Report on vaccination for the Province of Oudh 1873 -
Year: 1873
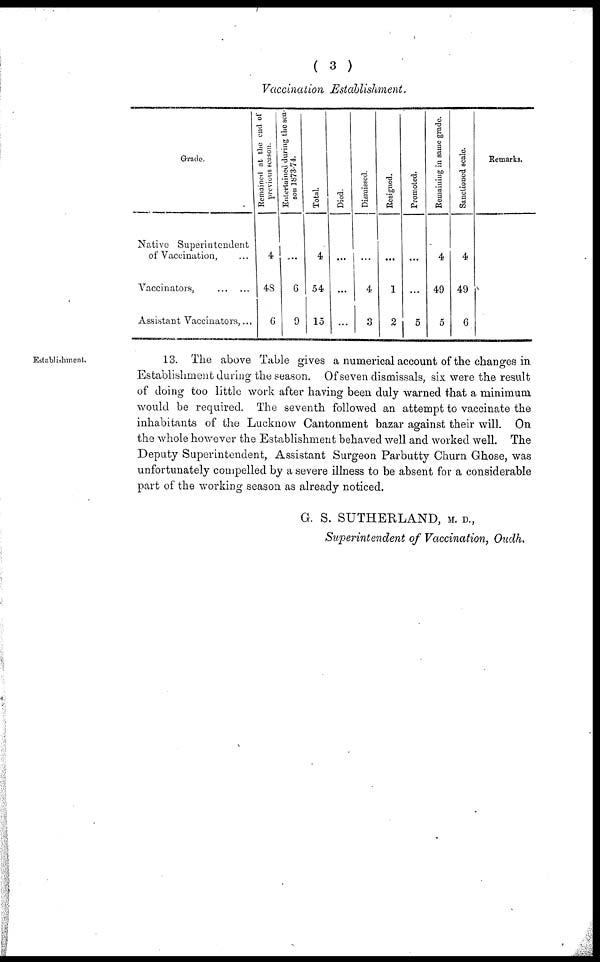
( 3 )
Vaccination Establishment.
Grade.
Native Superintendent
of Vaccination, ...
Vaccinators,
...
...
Assistant Vaccinators,...
Remained at the end of
previous season.
4
48
6
Entertained during the sea-
son 1873-74.
...
6
9
Total.
4
54
15
Died.
...
...
...
Dismissed.
...
4
3
Resigned.
...
1
2
Promoted.
...
...
5
Remaining in same grade.
4
49
5
Sanctioned scale.
4
49
6
Remarks.
Establishment.
13. The above Table gives a numerical account of the changes in
Establishment during the season. Of seven dismissals, six were the result
of doing too little work after having been duly warned that a minimum
would be required. The seventh followed an attempt to vaccinate the
inhabitants of the Lucknow Cantonment bazar against their will. On
the whole however the Establishment behaved well and worked well. The
Deputy Superintendent, Assistant Surgeon Parbutty Churn Ghose, was
unfortunately compelled by a severe illness to be absent for a considerable
part of the working season as already noticed.
G. S. SUTHERLAND, M. D.,
Superintendent of Vaccination, Oudh.